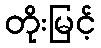
တိုးမြင့်